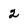
Character: 2